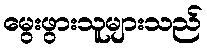
မွေးဖွားသူများသည်